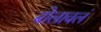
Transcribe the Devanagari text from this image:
बोलावलं